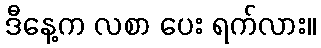
ဒီနေ့က လစာ ပေး ရက်လား။